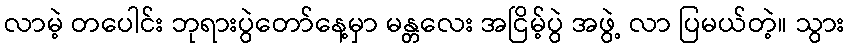
လာမဲ့ တပေါင်း ဘုရားပွဲတော်နေ့မှာ မန္တလေး အငြိမ့်ပွဲ အဖွဲ့ လာ ပြမယ်တဲ့။ သွား